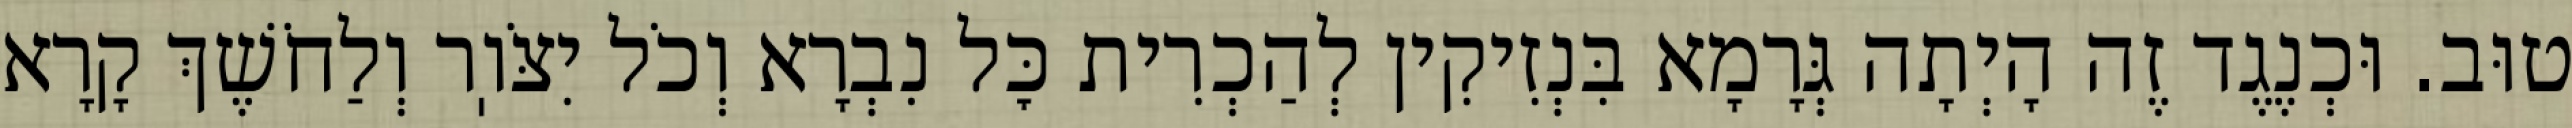
טוּב. וּכְנֶגֶד זֶה הָיְתָה גְּרָמָא בִּנְזִיקִין לְהַכְרִית כׇּל נִבְרָא וְכֹל יִצֹּוֽר וְלַחֹשֶׁךְ קָרָא